Annual report of the Civil Veterinary Department, Bengal, for the year 1897-98 - 1897-1898
Year: 1897
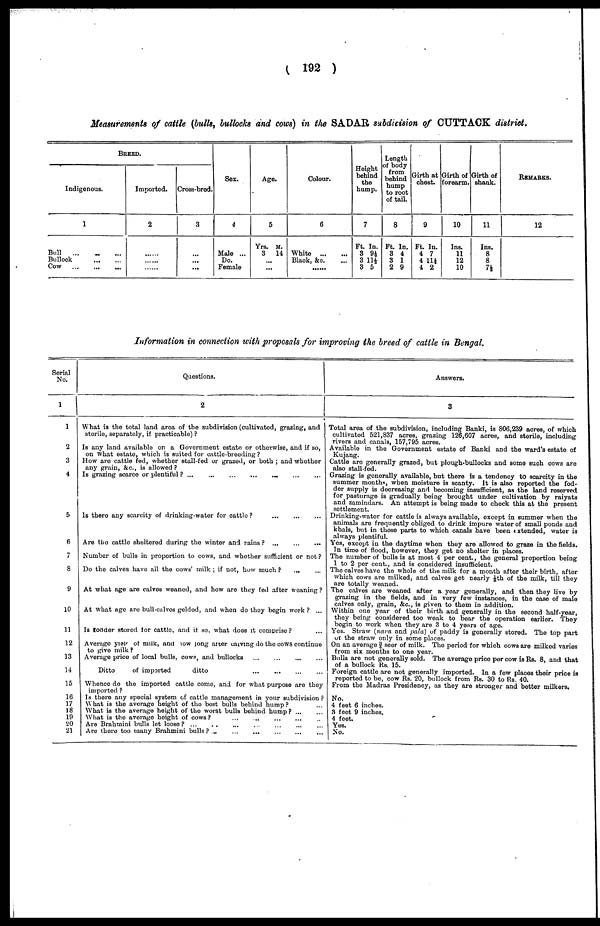
( 192 )
Measurements of cattle (bulk, bullocks and cows) in the SADAR subdivision of OUTTACK district.
BREED.
Indigenous.
1
Bull
... ... ...
Bullock
...
...
Cow
...
...
...
Imported.
2
......
......
......
Cross-bred.
3
...
...
...
Sex.
4
Male ...
Do.
Female
Age.
5
Yrs. M.
3
14
...
...
Colour.
6
White
...
...
Black, &c. ...
......
Height
behind
the
hump.
7
Ft. In.
3 9½
3 11½
3 5
Length
of body
from
behind
hump
to root
of tail.
8
Ft. In.
3 4
3 1
2 9
Girth at
chest.
9
Ft. In.
4 7
4 11½
4 2
Girth of
forearm.
10
Ins.
11
12
10
Girth of
shank.
11
Ins.
8
8
7½
REMARKS.
12
Information in connection with proposals for improving the breed of cattle in Bengal.
Serial
No.
1
2
3
4
5
6
7
8
9
10
11
12
13
14
15
16
17
18
19
20
21
Questions.
What is the total land area of the subdivision (cultivated, grazing, and
sterile, separately, if practicable) ?
Is any land available on a Government estate or otherwise, and if so,
on What estate, which is suited for cattle-breeding ?
How are cattle fed, whether stall-fed or grazed, or both ; and whether
any grain, &c., is allowed ?
Is grazing scarce or plentiful ?
...
...
...
...
...
...
...
Is there any scarcity of drinking-water for cattle? ... ... ...
Are the cattle sheltered during the winter and rains?
...
...
...
Number of bulls in proportion to cows, and whether sufficient or not ?
Do the calves have all the cows' milk ; if not, how much ? ... ...
At what age are calves weaned, and how are they fed after weaning?
At what age are bull-calves gelded, and when do they begin work ? ...
Is odder stored for cattle, and if so, what does it comprise? ...
Average yield of milk, and how long after carvmg do the cows continue
to give milk ?
Average price of local bulls, cows, and bullocks
...
...
...
...
Ditto
of imported
ditto
...
...
...
...
Whence do the imported cattle come, and for what purpose are they
imported ?
Is there any special system of cattle management in your subdivision ?
What is the average height of the best bulls behind hump? ...
What is the average height of the worst bulls behind hump?
...
...
What is the average height of cows?
...
...
...
...
..
Are Brahmini bulls let loose?
...
..
...
...
...
...
...
Are there too many Brahmini bulls?
...
...
...
...
...
...
Answers.
3
Total area of the subdivision, including Banki, is 806,239 acres, of which
cultivated 521,837 acres, grazing 126,607 acres, and sterile, including
rivers and canals, 157,795 acres.
Available in the Government estate of Banki and the ward's estate of
Kujang.
Cattle are generally grazed, but plough-bullocks and some such cows are
also stall-fed.
Grazing is generally available, but there is a tendency to scarcity in the
summer months, when moisture is scanty. It is also reported the fod-
der supply is decreasing and becoming insufficient, as the land reserved
for pasturage is gradually being brought under cultivation by raiyats
and zamindars. An attempt is being made to check this at the present
settlement.
Drinking-water for cattle is always available, except in summer when the
animals are frequently obliged to drink impure water of small ponds and
khals, but in those parts to which canals have been extended, water is
always plentiful.
Yes, except in the daytime when they are allowed to graze in the fields.
In time of flood, however, they get no shelter in places.
The number of bulls is at most 4 per cent., the general proportion being
1 to 2 per cent., and is considered insufficient.
The calves have the whole of the milk for a month after their birth, after
which cows are milked, and calves get nearly 1/8th of the milk, till they
are totally weaned.
The calves are weaned after a year generally, and then they live by
grazing in the fields, and in very few instances, in the case of male
calves only, grain, &c., is given to them in addition.
Within one year of their birth and generally in the second half-year,
they being considered too weak to bear the operation earlier. They
begin to work when they are 3 to 4 years of age.
Yes. Straw (nara and pala) of paddy is generally stored. The top part
or the straw only in some places.
On an average § seer of milk. The period for which cows are milked varies
from six months to one year.
Bulls are not generally sold. The average price per cow is Rs. 8, and that
of a bullock Rs. 15.
Foreign cattle are not generally imported. In a few places their price is
reported to be, cow Rs. 20, bullock from Rs. 30 to Rs. 40.
From the Madras Presidency, as they are stronger and better milkers.
No.
4 feet 6 inches.
3 feet 9 inches.
4 feet.
Yes.
No.